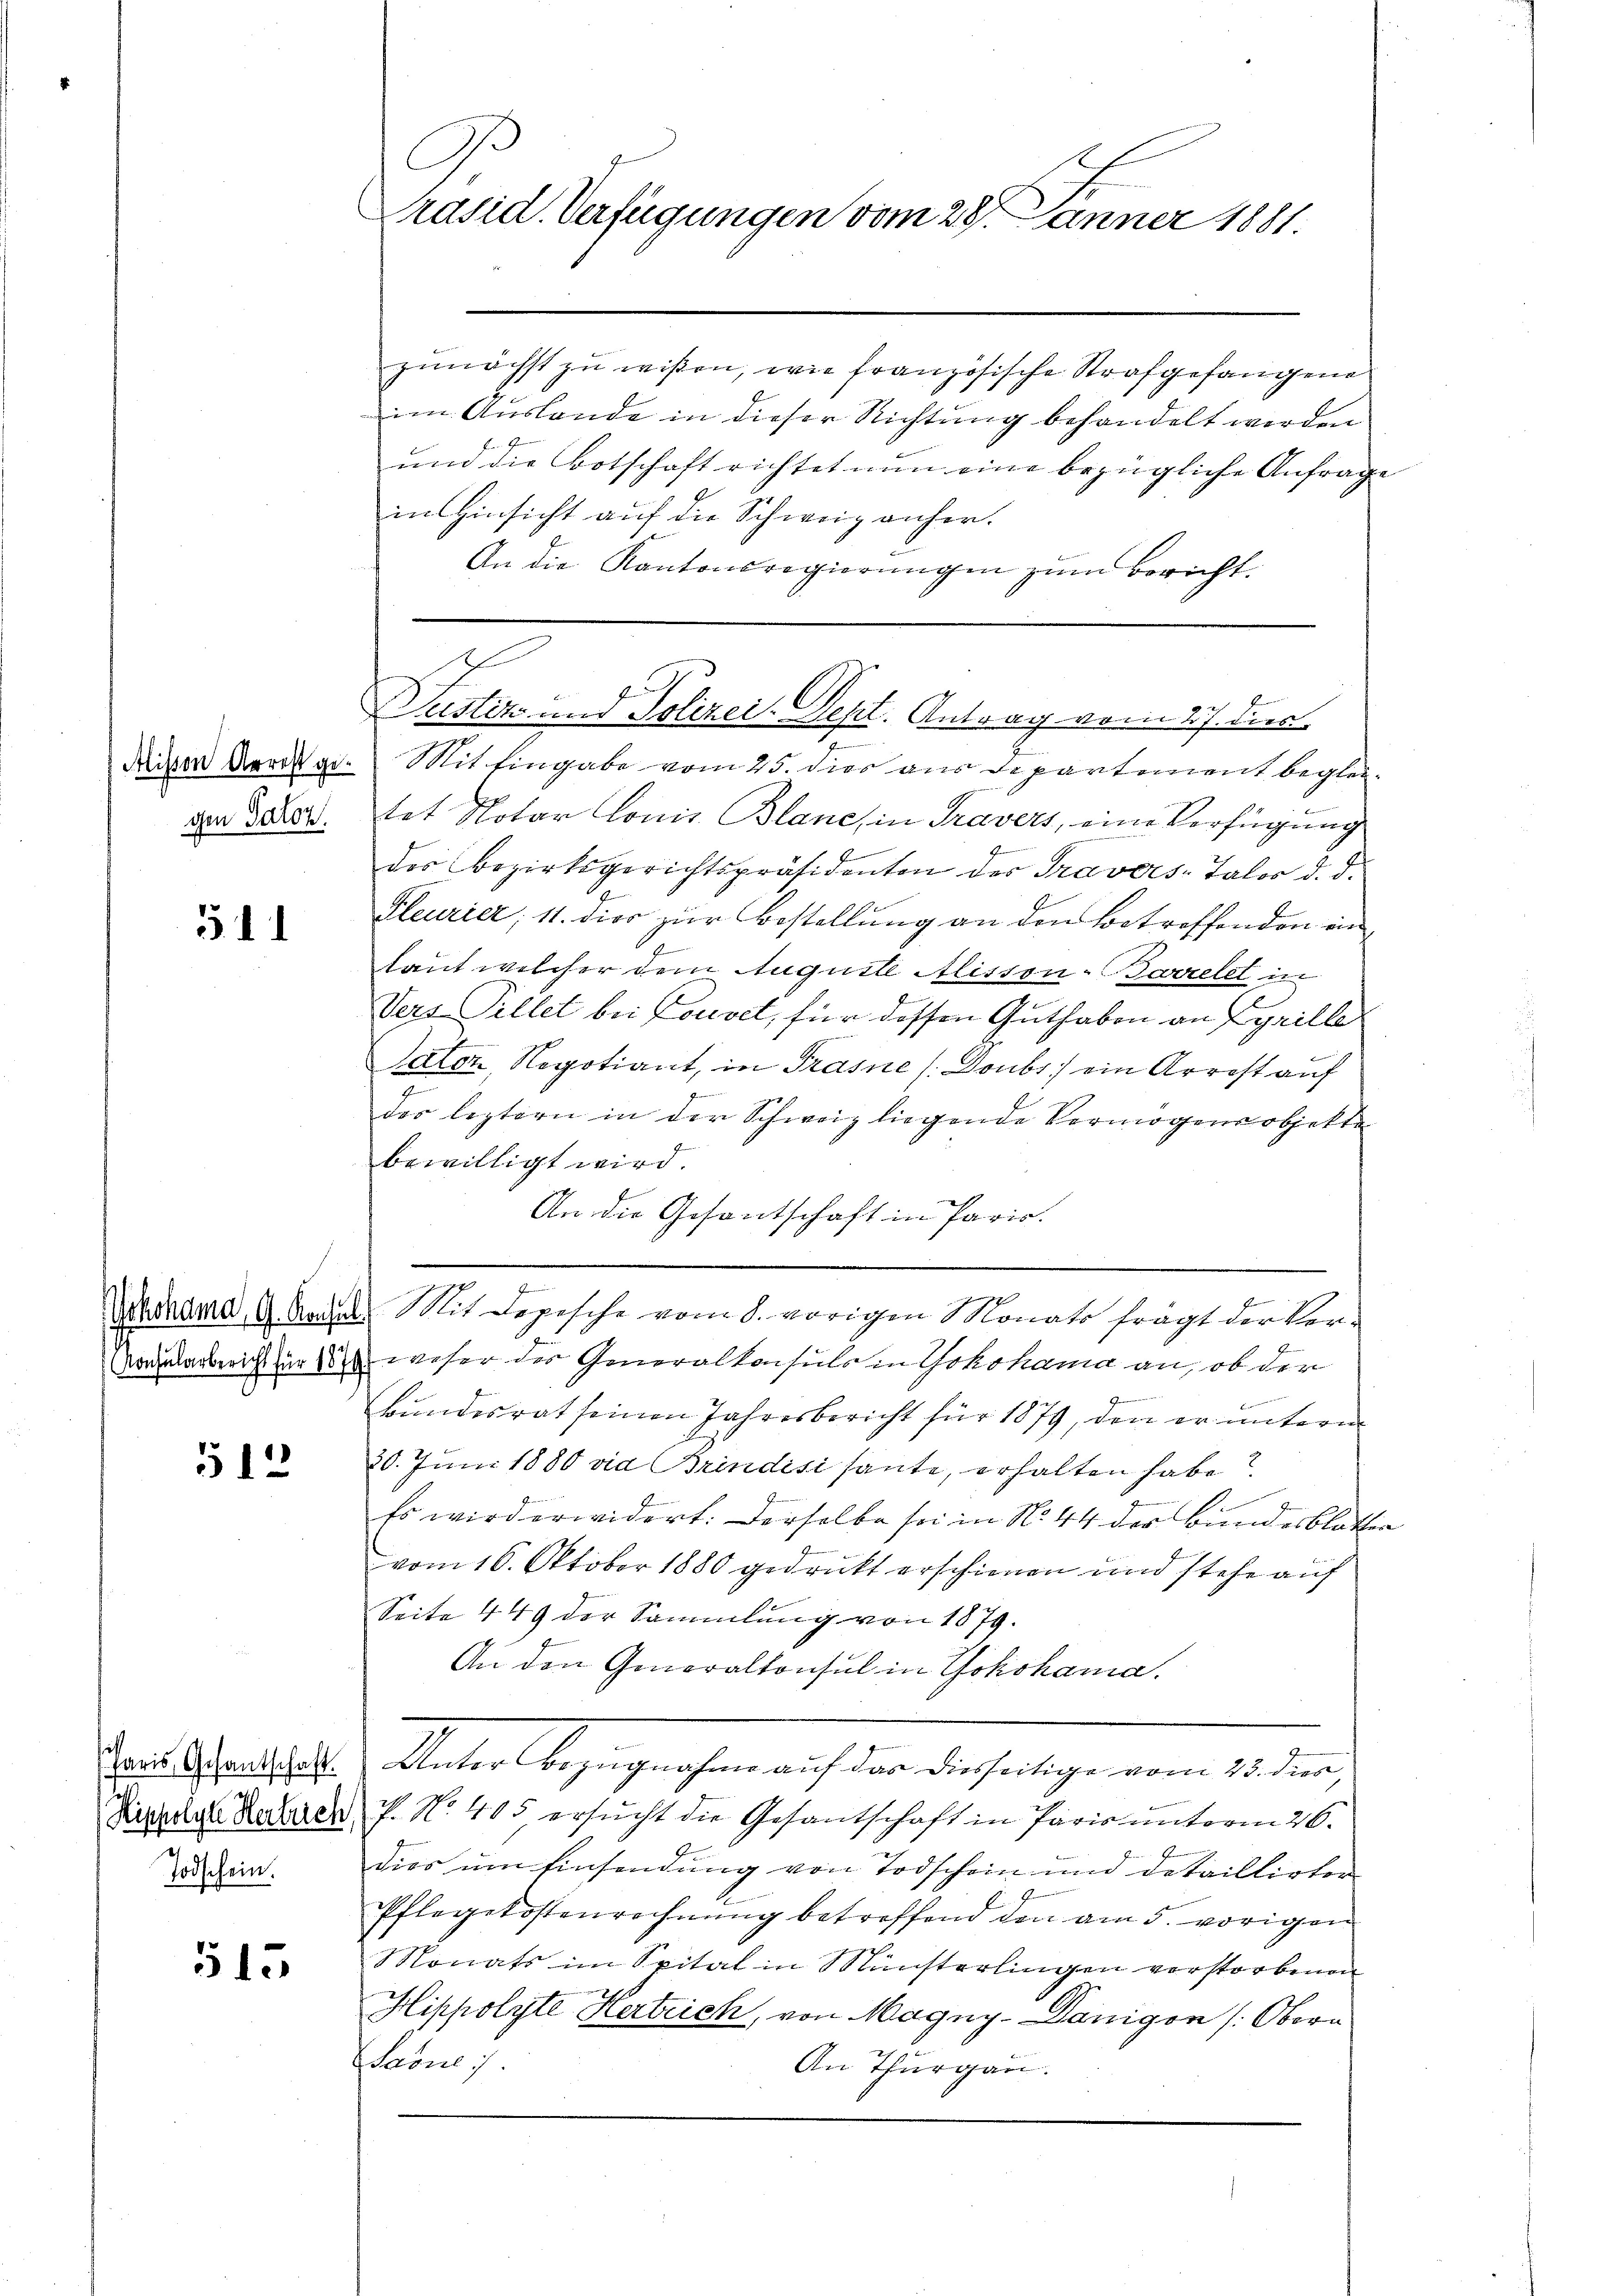
gen Satz.

511

12

Paris, Gesantschaft.
Hippolyte Herrich,
Todschein.

513

C
.
Präsid. Verfügungen vom 28. Jänner 1881.

zunächst zu wißen, wie französische Strafgefangene
im Auslande in dieser Richtung behandelt werden
und die Botschaft richtet nun eine bezügliche Anfrage
in Hinsicht auf die Schweiz anher¬
An die Kantonsregierungen zum Bericht.
dieser Arrange Mit Eingabe vom 25. dies aus Departement begleitet Notar Louis Blanc, in Travers, eine Verfügung
des Bezirksgerichtspräsidenten des Travers-Talor d. d.
Gleurier; 11. dies zur Bestellung an den Betreffenden ein
2
faut welcher dem Auguste Alisson-Barrelet in
Vers Pillet bei Louiset, für dessen Guthaben an Cyrille
Pater, Negotiant, in Trasne / Doubs ein Arrest auf
e
7
des leztern in der Schweiz liegende Vermögensobjekte
bewilligt wird.
An die Gesantschaft in Paris.
Schadhama 9 Nagel. Mit Depesche vom 8. vorigen Monats frägt der Vervormularbeiter der weser des Generalkonsuls in Yokohama an, ob der
Bŭndesrat seinen Jahresbericht für 1879, den er ŭnterm
20. Juni 1880 vid Brindisi haute, erhalten habe?
.
Es wird erwidert: Derselbe sei in No 44 der Bundesblatten
vom 16. Oktober 1880 gedruckt erschienen und stehe auf
Seite 449 der Sammlung von 1879.
An den Generalkonsul in Yokohama.
Vater bezüglichen auf eine das eigen den werden,
P. No. 405 ersucht die Gesantschaft in Paris unterm 26.
dies um Einsendung von Todschein und detaillirter
Pflegetostenrechnung betreffend den am 5. vorigen
Monats im Spital in Münsterlingen verstorbenen
Hippolyte Hertrich, von Magny-Danigen (Obera
Saone).
An Thurgau.

ch
f
k
.
Justiz und Polizei-Sept. Antrag vom 27. dies